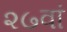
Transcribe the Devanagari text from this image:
२७वां